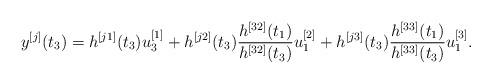
LaTeX: \begin{align*}{y^{[j]}}({t_3}) = {h^{[j1]}}({t_3})u_3^{[1]} + {h^{[j2]}}({t_3})\frac{{{h^{[32]}}({t_1})}}{{{h^{[32]}}({t_3})}}u_1^{[2]} + {h^{[j3]}}({t_3})\frac{{{h^{[33]}}({t_1})}}{{{h^{[33]}}({t_3})}}u_1^{[3]}.\end{align*}